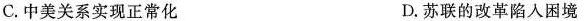
C.中美关系实现正常化 D.苏联的改革陷入困境